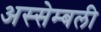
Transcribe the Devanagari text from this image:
अस्सेम्बली